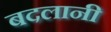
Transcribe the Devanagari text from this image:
बदलानी